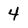
Character: 4